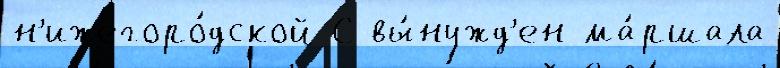
н'ижегоро́дской С вы́нужд'ен ма́ршала